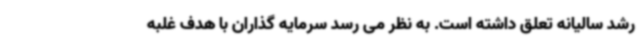
رشد سالیانه تعلق داشته است. به نظر می رسد سرمایه گذاران با هدف غلبه